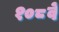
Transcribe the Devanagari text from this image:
१०८वें